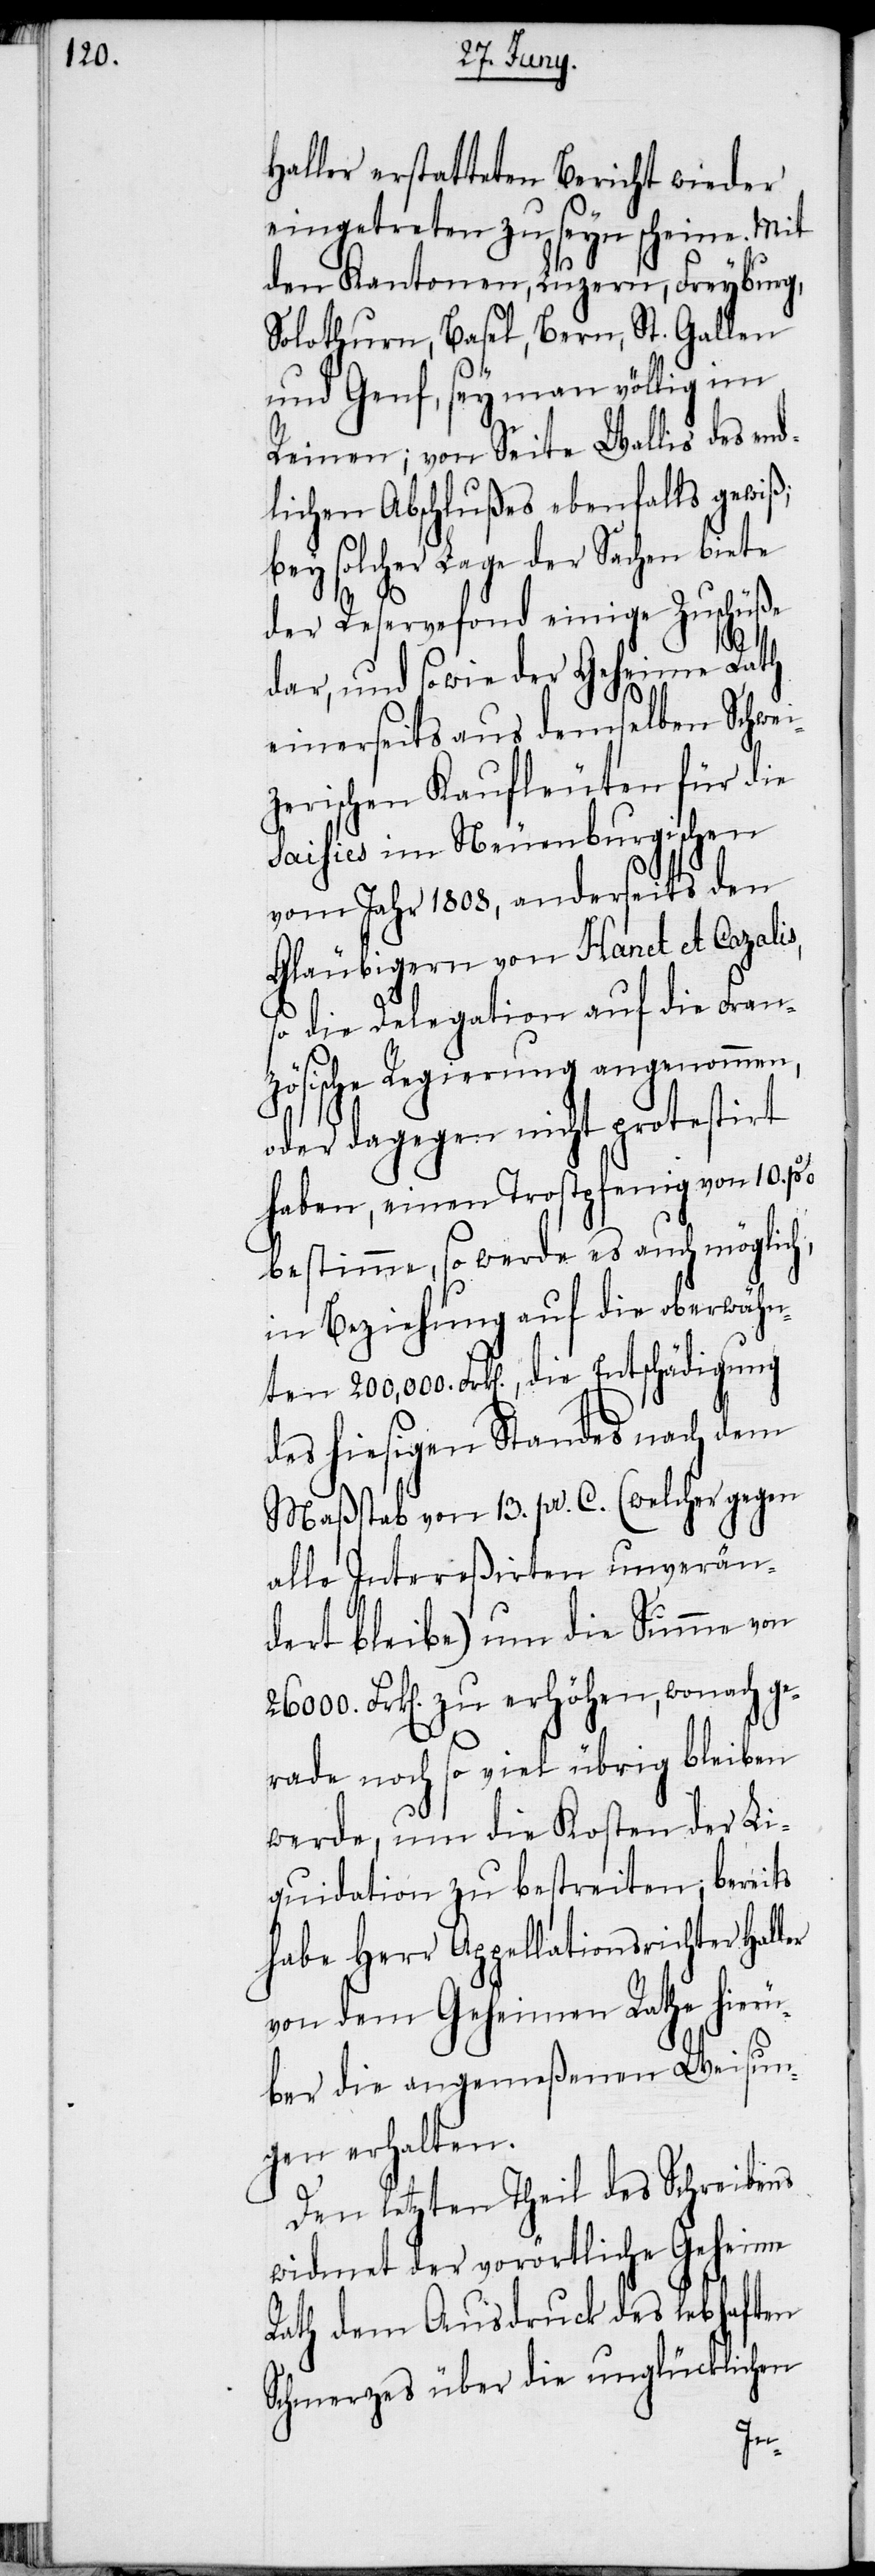
Haller erstatteten Bericht wieder
eingetreten zu seyn scheine. Mit
den Kantonen, Luzern, Freyburg,
Solothurn, Basel, Bern, St. Gallen
und Genf, sey man völlig im
Reinen; von Seite Wallis des end¬
lichen Abschlußes ebenfalls gewiß;
bey solcher Lage der Sachen biete
der Reservefond einige Zuschüße
dar, und sowie der Geheime Rath
einerseits aus demselben Schwei¬
zerischen Kaufleuten für die
Saisies im Neuenburgischen
vom Jahr 1808, anderseits den
Gläubigern von Hanet et Cazalis,
so die Delegation auf die Fran¬
zösische Regierung angenommen,
oder dagegen nicht protestirt
haben, einen Trostpfenig von 10.
bestimme, so werde es auch möglich,
in Beziehung auf die oberwähn¬
ten 200,000. Frk[en]., die Entschädigung
des hiesigen Standes nach dem
Maßstab von 13. pr. C. (welcher gegen
alle Intereßirten unverän¬
dert bleibe) um die Summe von
26000. Frk[en]. zu erhöhen, wonach ge¬
rade noch so viel übrig bleiben
werde, um die Kosten der Li¬
quidation zu bestreiten; bereits
habe Herr Appellationsrichter Hal¬
von dem Geheimen Rathe hierü¬
ber die angemeßene Weisun¬
g erhalten.
Den letzten Theil des Schreibens
widmet der vorörtliche Geheime
Rath dem Ausdruck des lebhaften
Schmerzes über die unglücklichen
ler